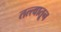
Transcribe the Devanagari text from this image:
तत्त्वातून